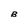
Character: B